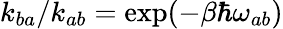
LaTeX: k_{ba}/k_{ab}=\exp(-\beta\hbar\omega_{ab})